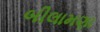
બીલામણા